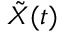
\tilde { X } ( t )